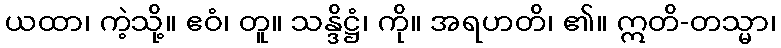
ယထာ၊ ကဲ့သို့။ ဧဝံ၊ တူ။ သန္ဒိဋ္ဌံ၊ ကို။ အရဟတိ၊ ၏။ ဣတိ-တသ္မာ၊